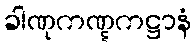
ခါဏုကဏ္ဋကဋ္ဌာနံ